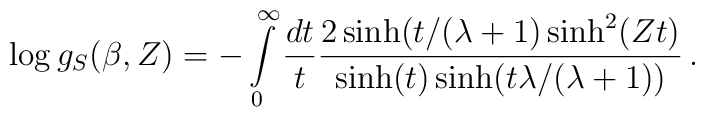
\log g_S(\beta ,Z)=-\int\limits^\infty_0\frac{dt}{t}\frac{2\sinh(t/(\lambda +1)\sinh^2(Zt)}{\sinh (t)\sinh (t\lambda/(\lambda +1))}\,.